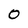
Character: 0